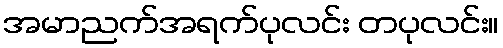
အမာညက်အရက်ပုလင်း တပုလင်း။